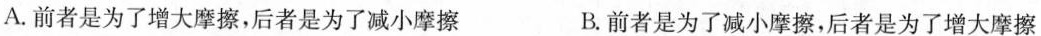
A.前者是为了增大摩擦，后者是为了减小摩擦 B.前者是为了减小摩擦，后者是为了增大摩擦